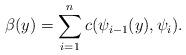
LaTeX: \begin{align*}\beta (y) =\sum_{i=1}^{n} c( \psi_{i-1}(y),\psi_i ). \end{align*}